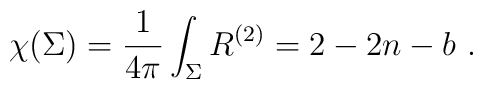
\chi(\Sigma)=\frac{1}{4\pi}\int_\Sigma R^{(2)} = 2-2n-b\ .